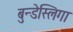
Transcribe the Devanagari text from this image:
बुन्डेस्लिगा